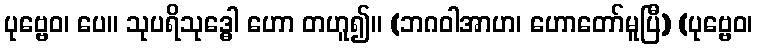
ပုဗ္ဗေဝ၊ ပေ။ သုပရိသုဒ္ဓေါ ဟော တဟူ၍။ (ဘဂဝါအာဟ၊ ဟောတော်မူပြီ) (ပုဗ္ဗေဝ၊